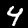
Label: 4